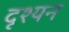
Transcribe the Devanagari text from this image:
दृश्यन